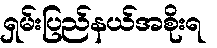
ရှမ်းပြည်နယ်အစိုးရ